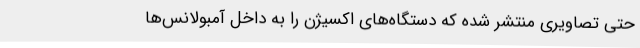
حتی تصاویری منتشر شده که دستگاه‌های اکسیژن را به داخل آمبولانس‌ها